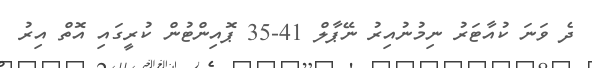
ދެ ވަނަ ކުއާޓަރު ނިމުނުއިރު ނޭޕާލް 41-35 ޕޮއިންޓުން ކުރީގައި އޮތް އިރު